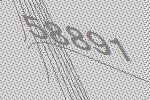
58891